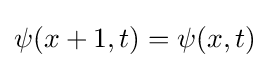
\psi (x+1,t)=\psi (x,t)